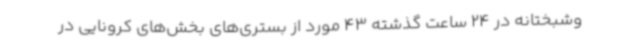
وشبختانه در 24 ساعت گذشته 43 مورد از بستری‌های بخش‌های کرونایی در